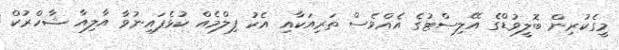
މީގެކުރިން ބޮލީވުޑްގެ އޭލިސްޓުގެ އެއްވެސް ތަރިއަކާއި އެކު ފިލްމެއް ކުޅެފައިނުވާ އާލިއާ ޝާހްރުކް